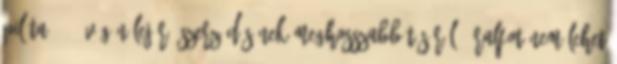
pilóta 2004 végén lejáró szerződésének meghosszabbításáról. "Ralfot nem lehet